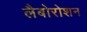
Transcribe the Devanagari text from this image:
लैबोरोशन